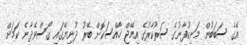
އޭގެ ސަބަބުން މަނިކުފާނުގެ ސަރުކާރުގެ އިމޭޖް ޚާއްސަކޮށް ބޭރު ދުނިޔޭގައި ގޯސްވެދާނެ ކަމަށް